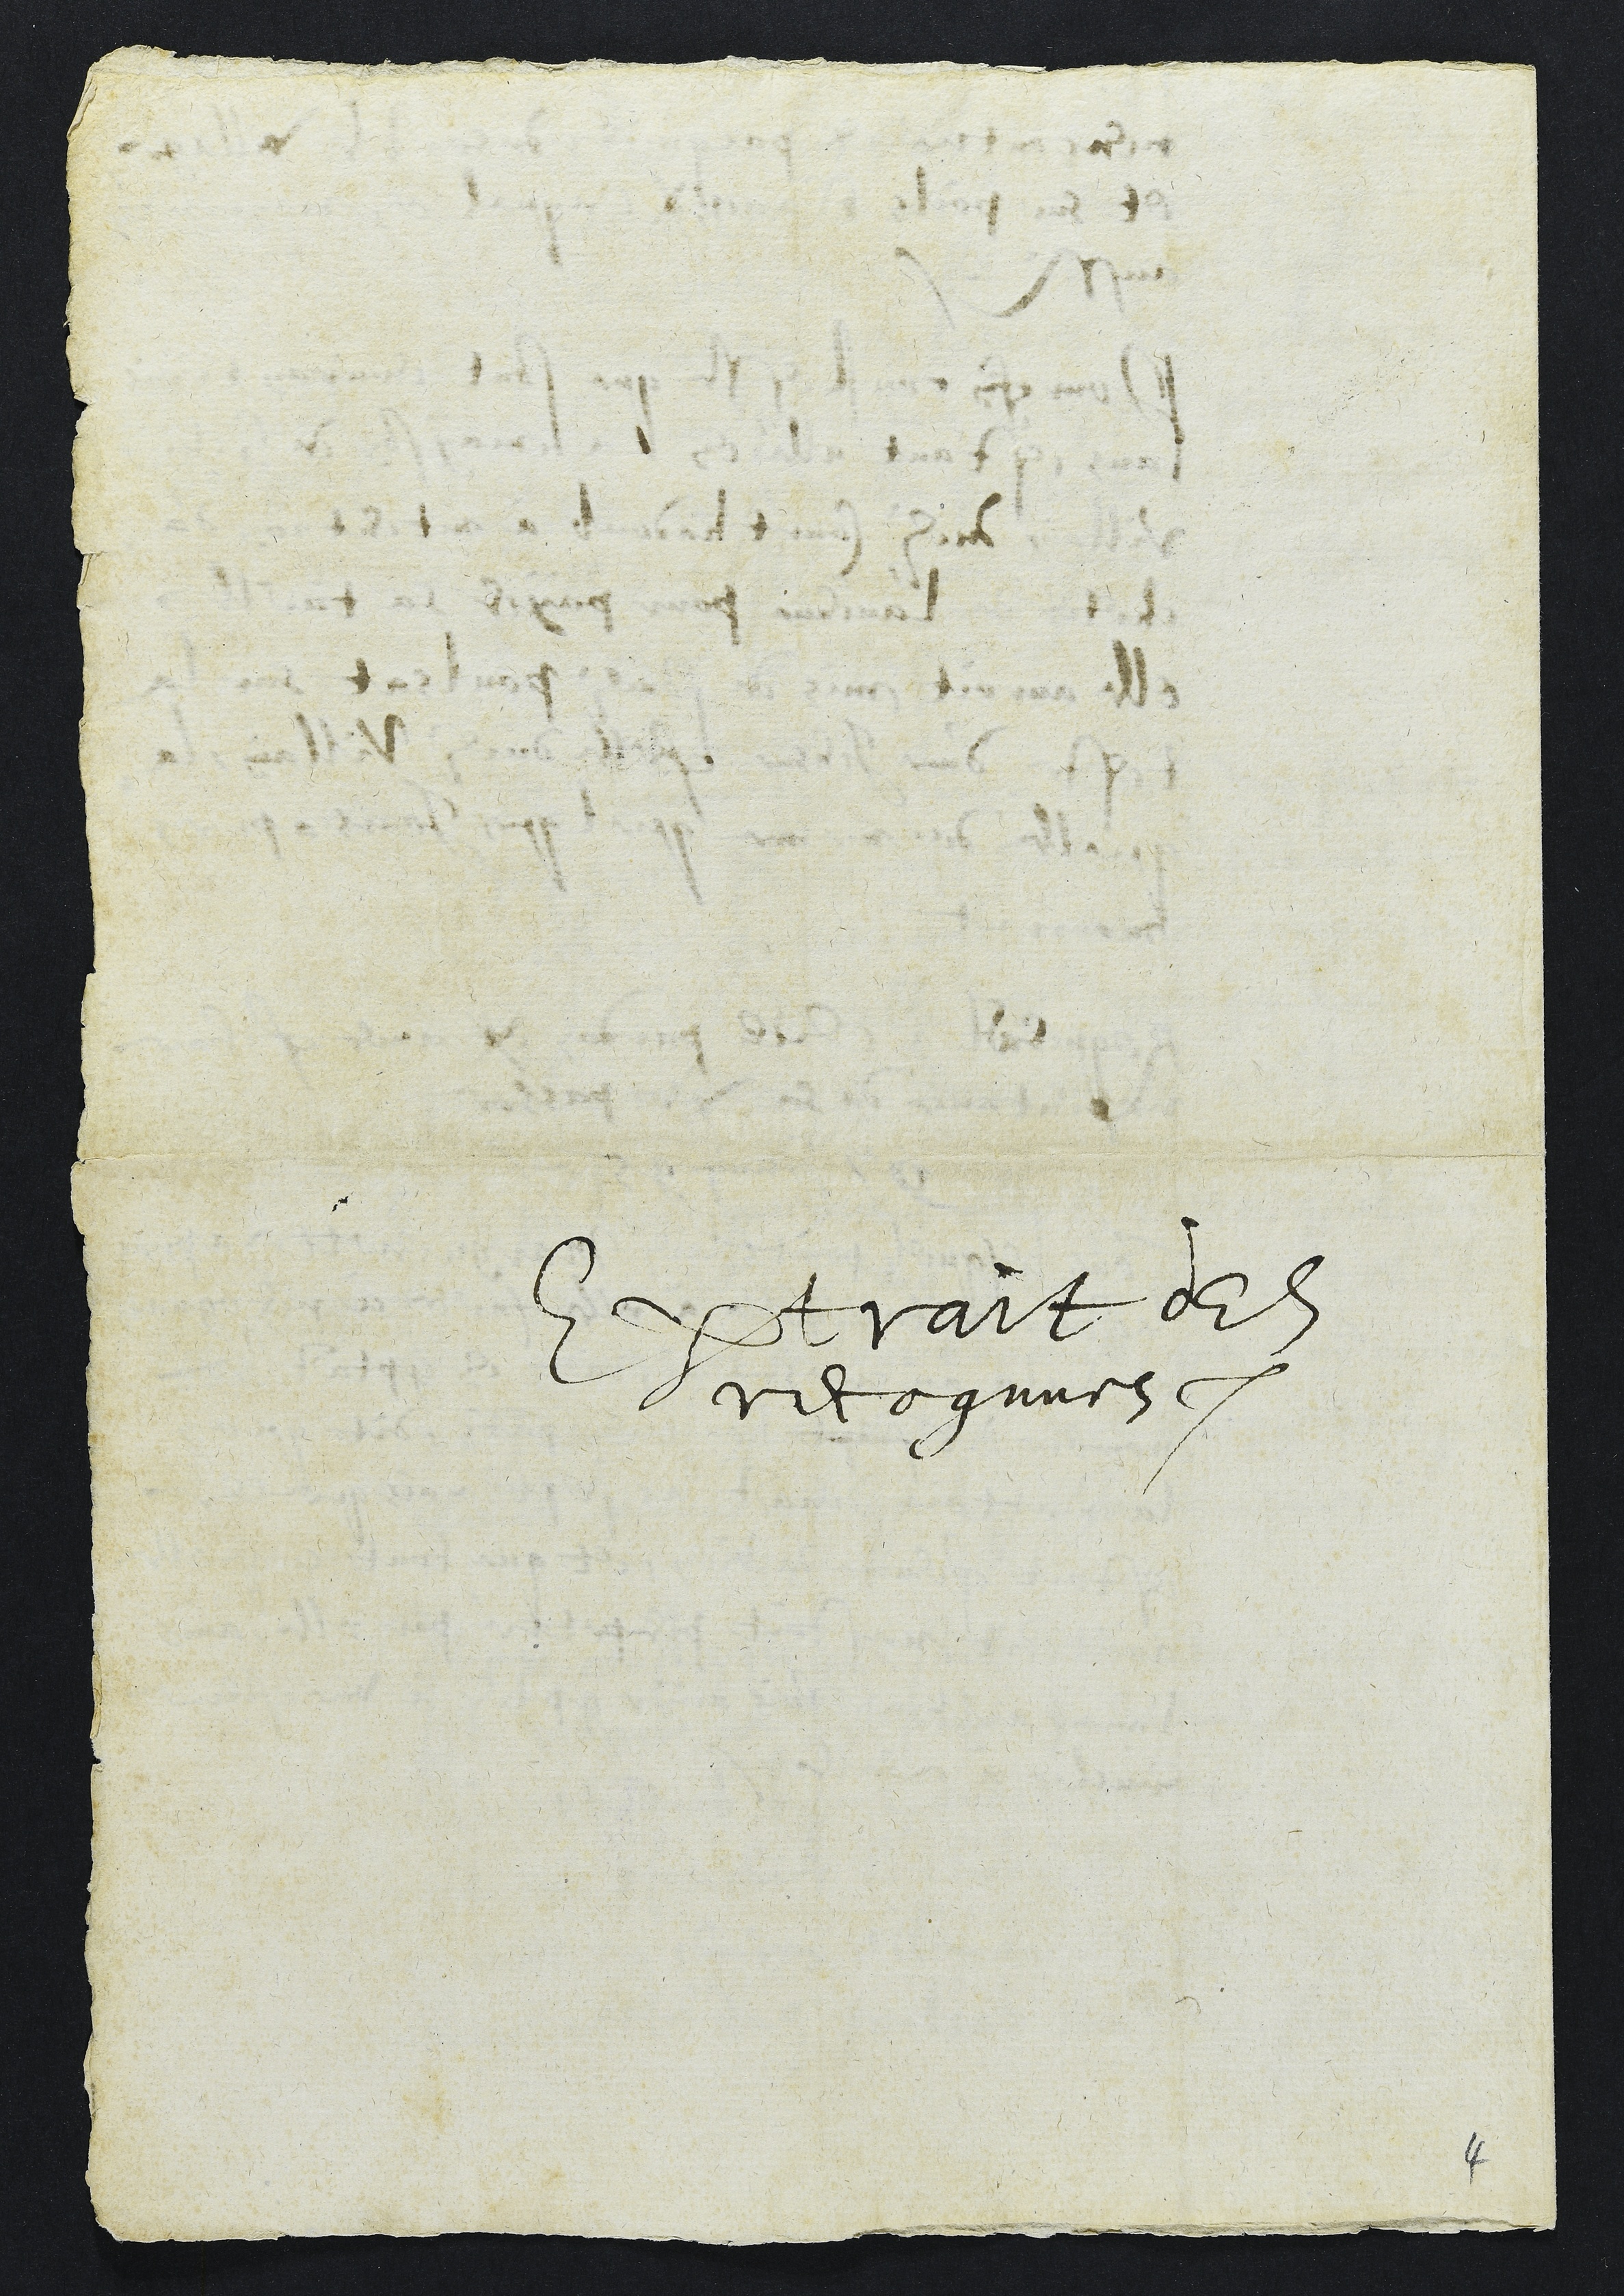
Extrait des
recognues

4